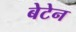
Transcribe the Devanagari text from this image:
बेटेन